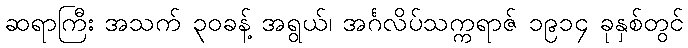
ဆရာကြီး အသက် ၃၀ခန့် အရွယ်၊ အင်္ဂလိပ်သက္ကရာဇ် ၁၉၁၄ ခုနှစ်တွင်